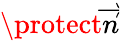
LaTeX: \protect\overrightarrow{n}